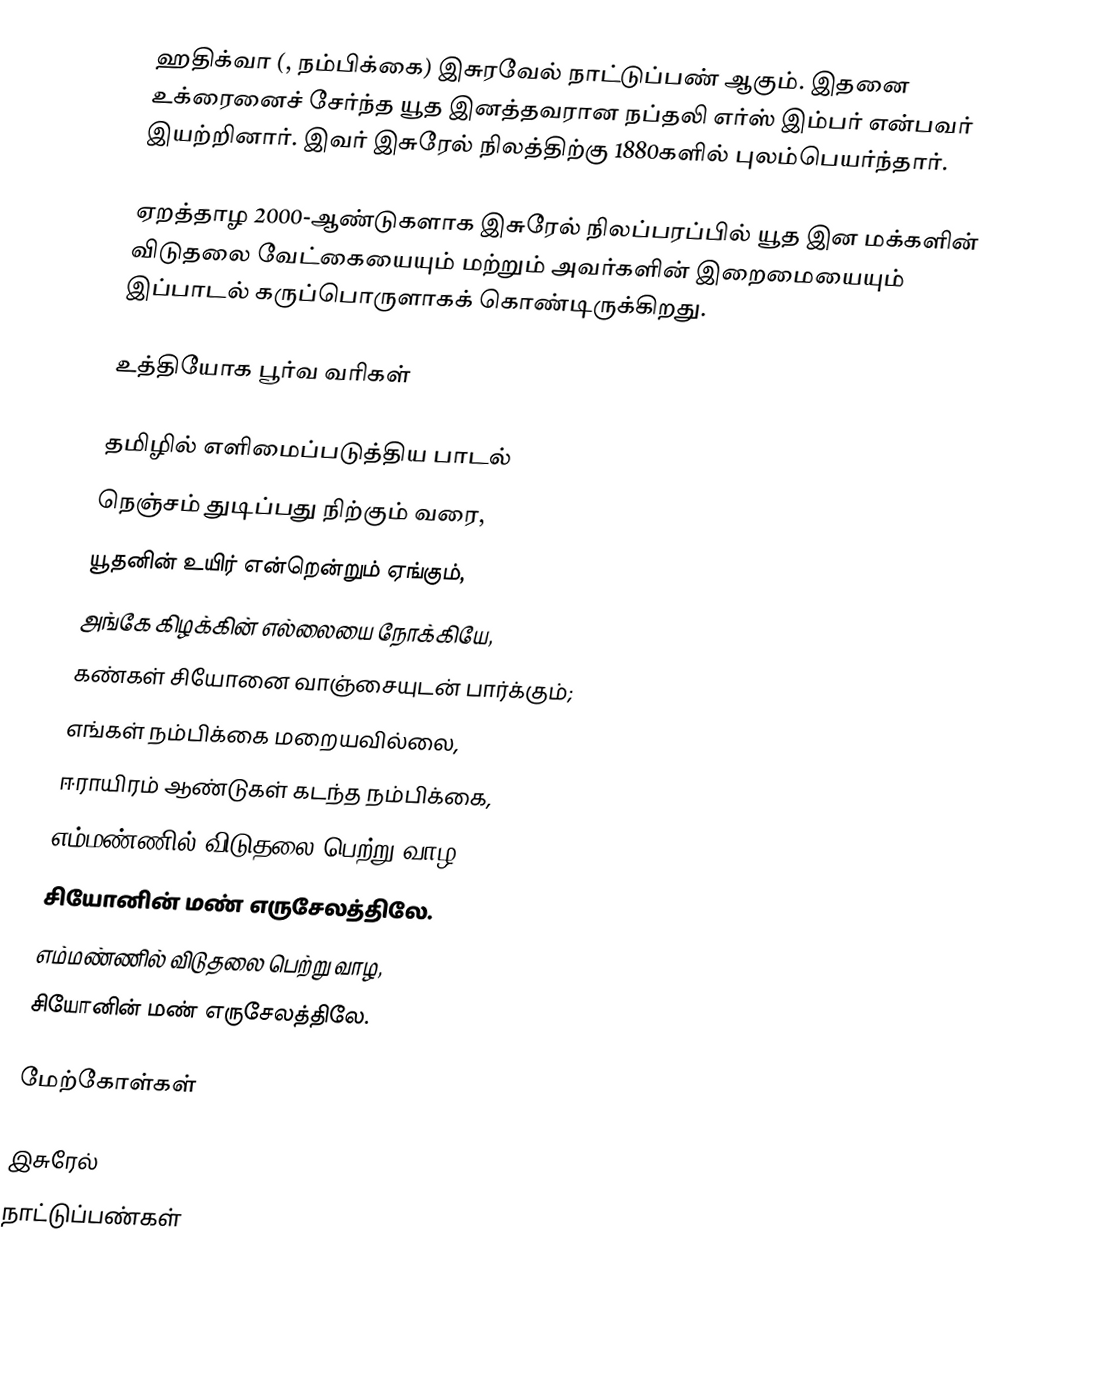
ஹதிக்வா (, நம்பிக்கை) இசுரவேல் நாட்டுப்பண் ஆகும். இதனை உக்ரைனைச் சேர்ந்த யூத இனத்தவரான நப்தலி எர்ஸ் இம்பர் என்பவர் இயற்றினார். இவர் இசுரேல் நிலத்திற்கு 1880களில் புலம்பெயர்ந்தார்.

ஏறத்தாழ 2000-ஆண்டுகளாக இசுரேல் நிலப்பரப்பில் யூத இன மக்களின் விடுதலை வேட்கையையும் மற்றும் அவர்களின் இறைமையையும் இப்பாடல் கருப்பொருளாகக் கொண்டிருக்கிறது.

உத்தியோக பூர்வ வரிகள்

தமிழில் எளிமைப்படுத்திய பாடல்
நெஞ்சம் துடிப்பது நிற்கும் வரை,
யூதனின் உயிர் என்றென்றும் ஏங்கும்,
அங்கே கிழக்கின் எல்லையை நோக்கியே,
கண்கள் சியோனை வாஞ்சையுடன் பார்க்கும்;
எங்கள் நம்பிக்கை மறையவில்லை,
ஈராயிரம் ஆண்டுகள் கடந்த நம்பிக்கை,
எம்மண்ணில் விடுதலை பெற்று வாழ,
சியோனின் மண் எருசேலத்திலே.
எம்மண்ணில் விடுதலை பெற்று வாழ,
சியோனின் மண் எருசேலத்திலே.

மேற்கோள்கள்

இசுரேல்
நாட்டுப்பண்கள்